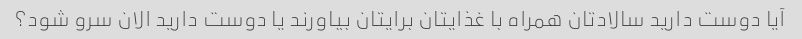
آیا دوست دارید سالادتان همراه با غذایتان برایتان بیاورند یا دوست دارید الان سرو شود؟